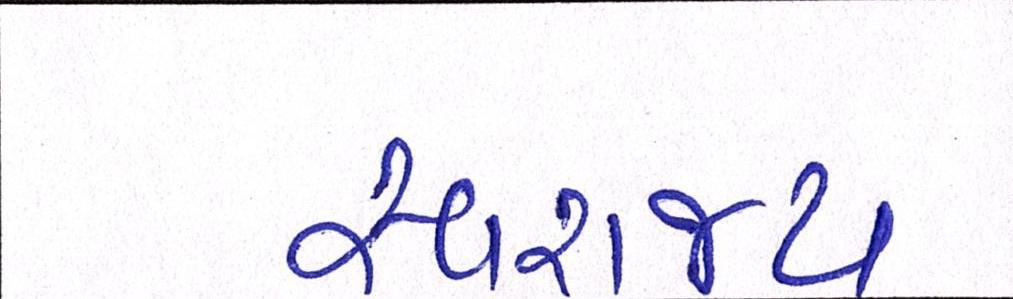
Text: સ્વરાજ્ય